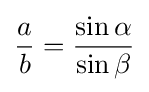
{\frac {a}{b}}={\frac {\sin \alpha }{\sin \beta }}